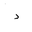
Letter: _dal